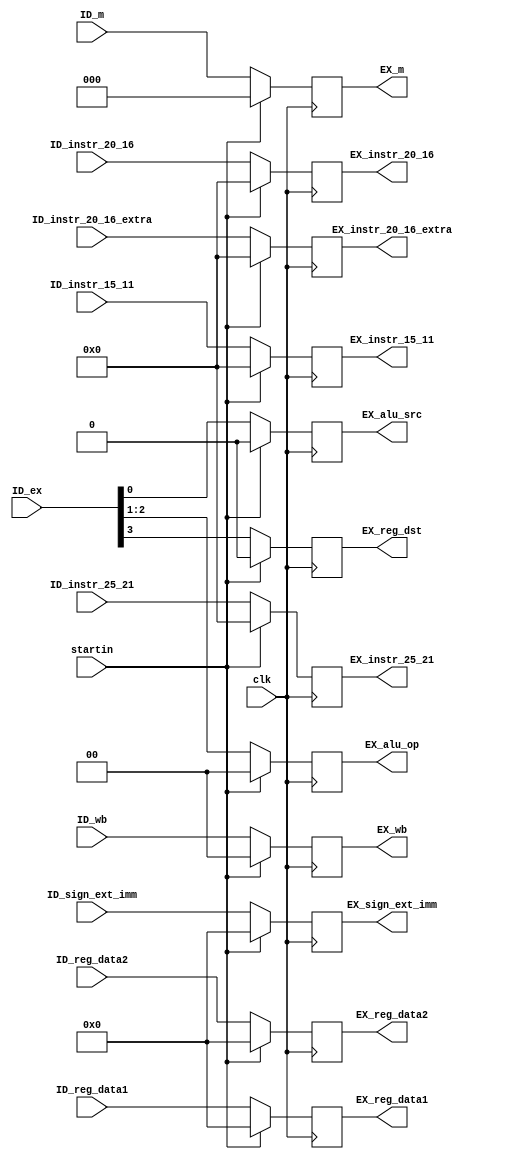
module ID_EX_reg (
    input clk,
    input startin,
    input [1:0] ID_wb,
    input [2:0] ID_m,
    input [3:0] ID_ex,
    input [31:0] ID_reg_data1,
    input [31:0] ID_reg_data2,
    input [31:0] ID_sign_ext_imm,
    input [4:0] ID_instr_25_21,
    input [4:0] ID_instr_20_16,
    input [4:0] ID_instr_20_16_extra,
    input [4:0] ID_instr_15_11,
    output reg [1:0] EX_wb,
    output reg [2:0] EX_m,
    output reg EX_reg_dst,
    output reg [1:0] EX_alu_op,
    output reg EX_alu_src,
    output reg [31:0] EX_reg_data1,
    output reg [31:0] EX_reg_data2,
    output reg [31:0] EX_sign_ext_imm,
    output reg [4:0] EX_instr_25_21,
    output reg [4:0] EX_instr_20_16,
    output reg [4:0] EX_instr_20_16_extra,
    output reg [4:0] EX_instr_15_11
);

  always @(posedge clk) begin
    if (startin) begin
      EX_wb <= 2'b0;
      EX_m <= 3'b0;
      EX_reg_dst <= 1'b0;
      EX_alu_op <= 2'b0;
      EX_alu_src <= 1'b0;
      EX_reg_data1 <= 32'b0;
      EX_reg_data2 <= 32'b0;
      EX_sign_ext_imm <= 32'b0;
      EX_instr_25_21 <= 5'b0;
      EX_instr_20_16 <= 5'b0;
      EX_instr_20_16_extra <= 5'b0;
      EX_instr_15_11 <= 5'b0;
    end else begin
      EX_wb <= ID_wb;
      EX_m <= ID_m;
      EX_reg_dst <= ID_ex[3];
      EX_alu_op <= ID_ex[2:1];
      EX_alu_src <= ID_ex[0];
      EX_reg_data1 <= ID_reg_data1;
      EX_reg_data2 <= ID_reg_data2;
      EX_sign_ext_imm <= ID_sign_ext_imm;
      EX_instr_25_21 <= ID_instr_25_21;
      EX_instr_20_16 <= ID_instr_20_16;
      EX_instr_20_16_extra <= ID_instr_20_16_extra;
      EX_instr_15_11 <= ID_instr_15_11;
    end
  end
endmodule